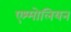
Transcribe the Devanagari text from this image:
एश्मोलियन